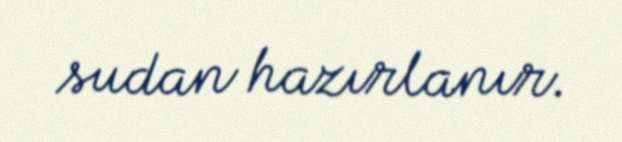
sudan hazırlanır.